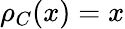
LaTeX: \rho_{C}(x)=x